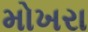
મોખરા